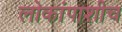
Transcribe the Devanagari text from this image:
लोकांपाशीच